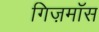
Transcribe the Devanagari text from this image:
गिज़मॉस